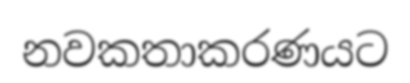
නවකතාකරණයට